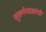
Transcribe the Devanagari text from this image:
सुवर्णपदकांची